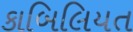
કાબિલિયત